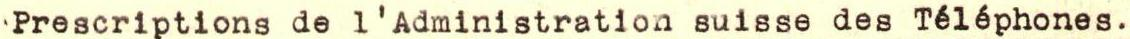
Prescriptions de l'Administration suisse des Téléphones.